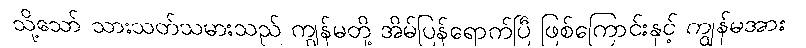
သို့သော် သားသတ်သမားသည် ကျွန်မတို့ အိမ်ပြန်ရောက်ပြီ ဖြစ်ကြောင်းနှင့် ကျွန်မအား